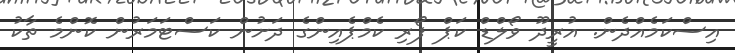
އިސްކަމެއްދެން. އުރީދޫ ވޯލްޑް ކަޕް ފޯރި ކެމްޕެއިންގެ ދަށުން ކަސްޓަމަރުން ކޮންމެ ތާކު